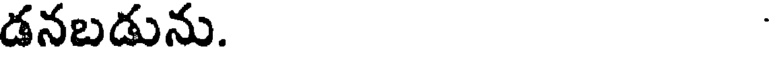
డనబడును.